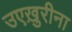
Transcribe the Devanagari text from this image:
उएख़ुरीना